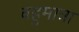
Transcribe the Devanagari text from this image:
बहुमात्रा